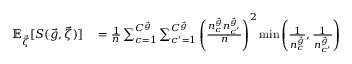
\begin{array} { r l } { { \mathbb E } _ { \vec { \zeta } } [ S ( \vec { g } , \vec { \zeta } ) ] } & { { } = \frac { 1 } { n } \sum _ { c = 1 } ^ { C ^ { \vec { g } } } \sum _ { c ^ { \prime } = 1 } ^ { C ^ { \vec { g } } } \left( \frac { n _ { c } ^ { \vec { g } } n _ { c ^ { \prime } } ^ { \vec { g } } } { n } \right) ^ { 2 } \operatorname* { m i n } \left( \frac { 1 } { n _ { c } ^ { \vec { g } } } , \frac { 1 } { n _ { c ^ { \prime } } ^ { \vec { g } } } \right) } \end{array}